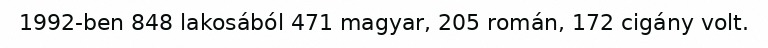
1992-ben 848 lakosából 471 magyar, 205 román, 172 cigány volt.